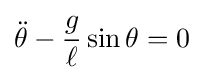
{\ddot {\theta }}-{g \over \ell }\sin \theta =0